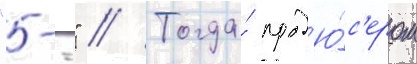
"--" // Тогда́ прод'ю́с'ером